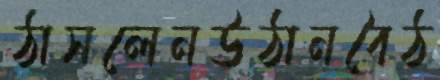
ঠাসলেনউঠানবৈঠ